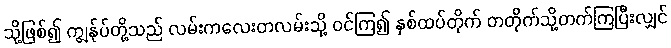
သို့ဖြစ်၍ ကျွန်ုပ်တို့သည် လမ်းကလေးတလမ်းသို့ ဝင်ကြ၍ နှစ်ထပ်တိုက် တတိုက်သို့တက်ကြပြီးလျှင်